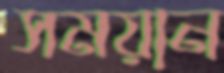
সময়ান